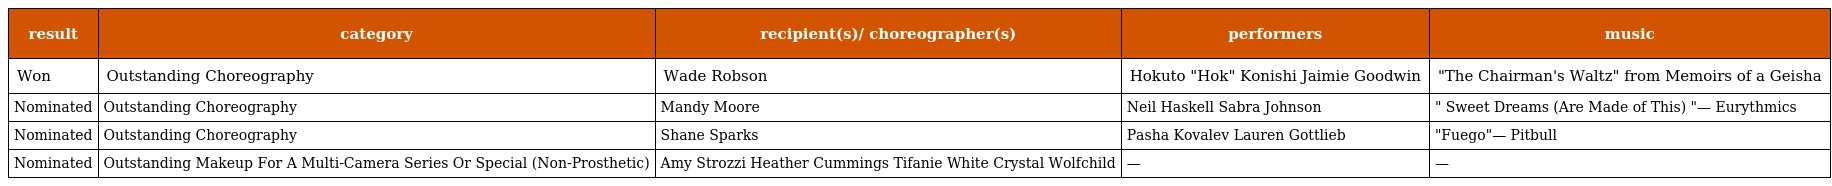
| result | category | recipient(s)/ choreographer(s) | performers | music |
 | --- | --- | --- | --- | --- |
 | Won | Outstanding Choreography | Wade Robson | Hokuto "Hok" Konishi Jaimie Goodwin | "The Chairman's Waltz" from Memoirs of a Geisha |
 | Nominated | Outstanding Choreography | Mandy Moore | Neil Haskell Sabra Johnson | " Sweet Dreams (Are Made of This) "— Eurythmics |
 | Nominated | Outstanding Choreography | Shane Sparks | Pasha Kovalev Lauren Gottlieb | "Fuego"— Pitbull |
 | Nominated | Outstanding Makeup For A Multi-Camera Series Or Special (Non-Prosthetic) | Amy Strozzi Heather Cummings Tifanie White Crystal Wolfchild | — | — |